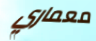
معماري